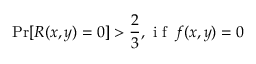
\operatorname* { P r } [ R ( x , y ) = 0 ] > { \frac { 2 } { 3 } } , { \textrm { i f } } \, f ( x , y ) = 0